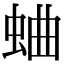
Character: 蛐